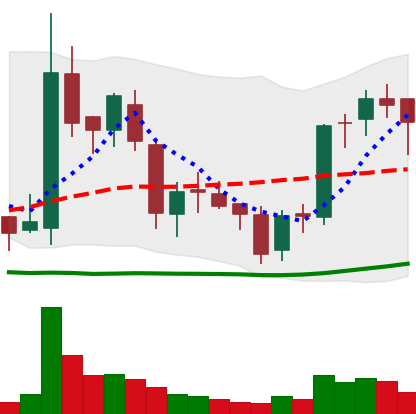
Ticker: BNB-USD
Chart end date: 2018-06-04
Forward return: 11.935%
Label: up_7plus